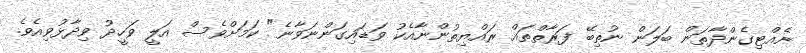
ނެއްޓިގެންދާތަން ބަލަން ނުތިބޭ ފަރާތްތައް ރައްޔިތުންނާއެކު ވަޑައިގަންނަވާނެ" ކަމަށްވެސް އަލީ ވަހީދު ވިދާޅުވިއެވެ.